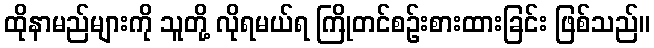
ထိုနာမည်များကို သူတို့ လိုရမယ်ရ ကြိုတင်စဉ်းစားထားခြင်း ဖြစ်သည်။